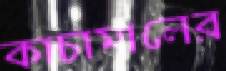
কাচামালের